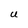
Character: U